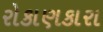
રોકાણકારા